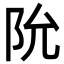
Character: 阭